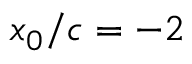
x _ { 0 } / c = - 2